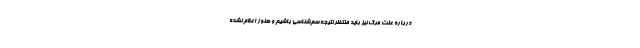
درباره علت مرگ نیز باید منتظر نتیجه سم‌شناسی باشیم و هنوز اعلام نشده